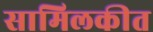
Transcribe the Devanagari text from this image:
सामिलकीत